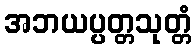
အဘယပ္ပတ္တသုတ္တံ